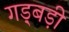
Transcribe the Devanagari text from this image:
गड़्बड़ी